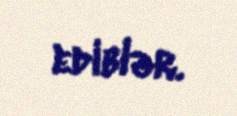
ediblər.